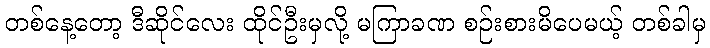
တစ်နေ့တော့ ဒီဆိုင်လေး ထိုင်ဦးမှလို့ မကြာခဏ စဉ်းစားမိပေမယ့် တစ်ခါမှ